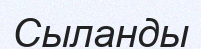
Сыланды